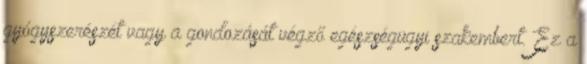
gyógyszerészét vagy a gondozását végző egészségügyi szakembert. Ez a